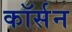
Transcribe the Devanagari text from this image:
कॉर्सन